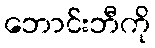
ဘောင်းဘီကို